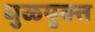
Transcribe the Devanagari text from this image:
धुळयुक्त